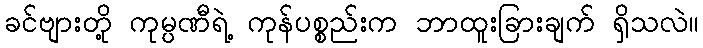
ခင်ဗျားတို့ ကုမ္ပဏီရဲ့ ကုန်ပစ္စည်းက ဘာထူးခြားချက် ရှိသလဲ။